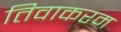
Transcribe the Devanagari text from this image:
तिवाकरम